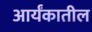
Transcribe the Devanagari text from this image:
आर्यंकातील